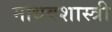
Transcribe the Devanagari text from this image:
माधवशास्त्री